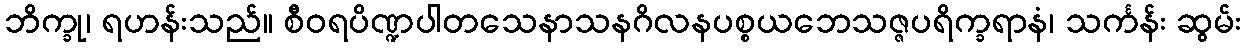
ဘိက္ခု၊ ရဟန်းသည်။ စီဝရပိဏ္ဍပါတသေနာသနဂိလနပစ္စယဘေသဇ္ဇပရိက္ခရာနံ၊ သင်္ကန်း ဆွမ်း